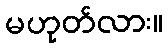
မဟုတ်လား။